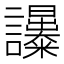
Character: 𧮔